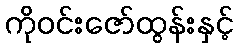
ကိုဝင်းဇော်ထွန်းနှင့်